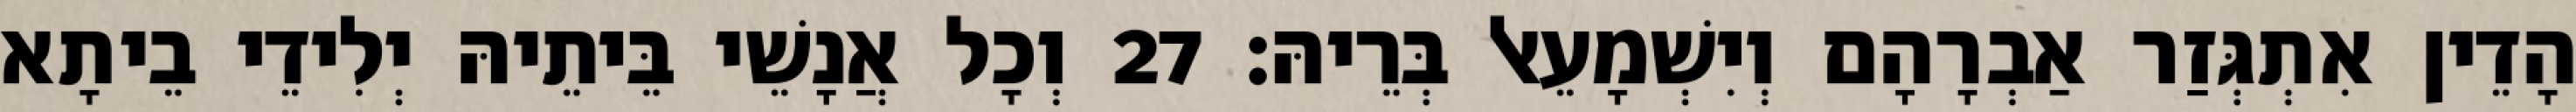
הָדֵין אִתְגְּזַר אַבְרָהָם וְיִשְׁמָעֵאל בְּרֵיהּ׃ 27 וְכָל אֲנָשֵׁי בֵּיתֵיהּ יְלִידֵי בֵיתָא